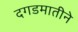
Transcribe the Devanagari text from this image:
दगडमातीने